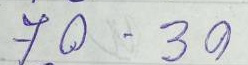
70 - 30